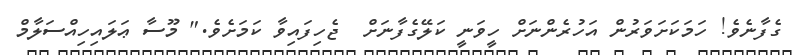
ގެފާނެވެ! ހަމަކަށަވަރުން އަހުރެންނަށް ހީވަނީ ކަލޭގެފާނަށް  ޖެހިފައިވާ ކަމަށެވެ." މޫސާ ޢަލައިހިއްސަލާމް